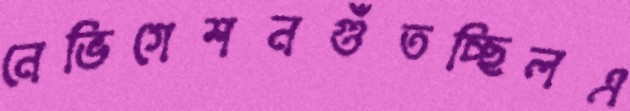
নেভিগেশনগুঁতচ্ছিলএ